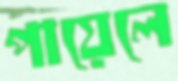
পায়েলে